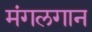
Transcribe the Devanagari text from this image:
मंगलगान